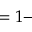
= 1 -